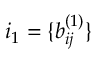
\boldsymbol { i } _ { 1 } = \{ b _ { i j } ^ { ( 1 ) } \}